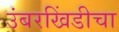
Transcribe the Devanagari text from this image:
उंबरखिंडीचा